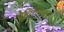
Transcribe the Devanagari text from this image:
पेविलियन।